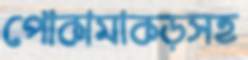
পোকামাকড়সহ